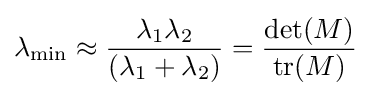
\lambda _{\min }\approx {\frac {\lambda _{1}\lambda _{2}}{(\lambda _{1}+\lambda _{2})}}={\frac {\det(M)}{\operatorname {tr} (M)}}